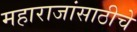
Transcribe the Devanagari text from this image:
महाराजांसाठीचे